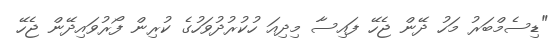
"ޑިސެމްބަރު މަހު ދޭން ޖެހޭ ފައިސާ މިދިއަ ހުކުރުދުވަހުގެ ކުރިން ފޯރުވައިދޭން ޖެހޭ